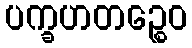
ပက္ခဟတဉ္စေဝ